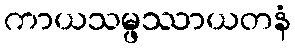
ကာယသမ္ဖဿာယတနံ